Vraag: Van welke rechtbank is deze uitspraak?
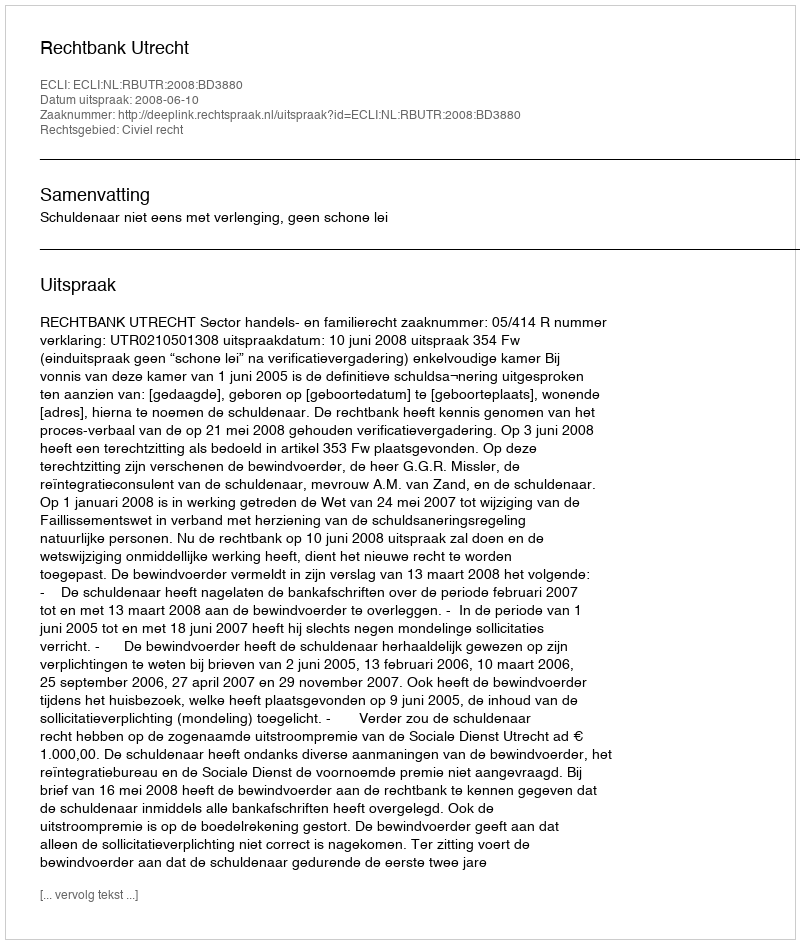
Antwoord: Rechtbank Utrecht